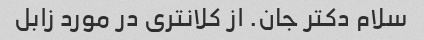
سلام دکتر جان. از کلانتری در مورد زابل